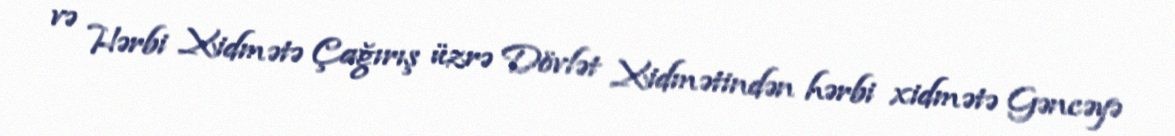
və Hərbi Xidmətə Çağırış üzrə Dövlət Xidmətindən hərbi xidmətə Gəncəyə